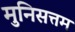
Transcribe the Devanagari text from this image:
मुनिसत्तम